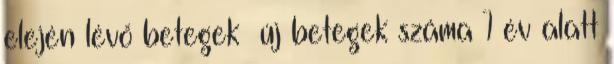
elején lévő betegek új betegek száma 1 év alatt